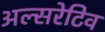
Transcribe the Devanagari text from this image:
अल्सरेटिव